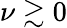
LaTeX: \nu\gtrsim 0